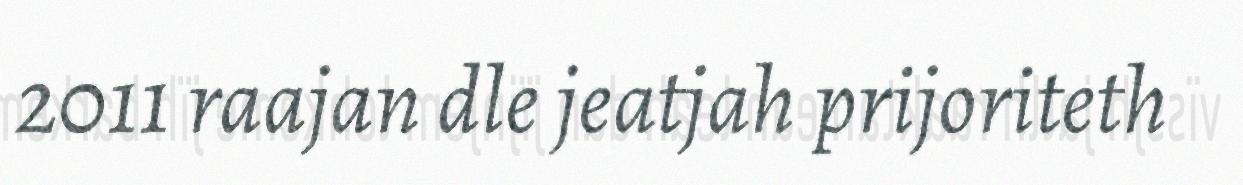
2011 raajan dle jeatjah prijoriteth